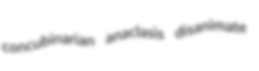
concubinarian anaclasis disanimate